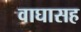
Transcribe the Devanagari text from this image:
वाघासह